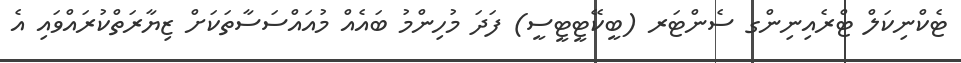
ޓެކްނިކަލް ޓްރެއިނިންގ ސެންޓަރ (ބީކޭޓީޓީސީ) ފަދަ މުހިންމު ބައެއް މުއައްސަސާތަކަށް ޒިޔާރަތްކުރައްވައި އެ